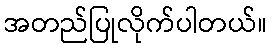
အတည်ပြုလိုက်ပါတယ်။